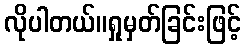
လိုပါတယ်။ရှုမှတ်ခြင်းဖြင့်